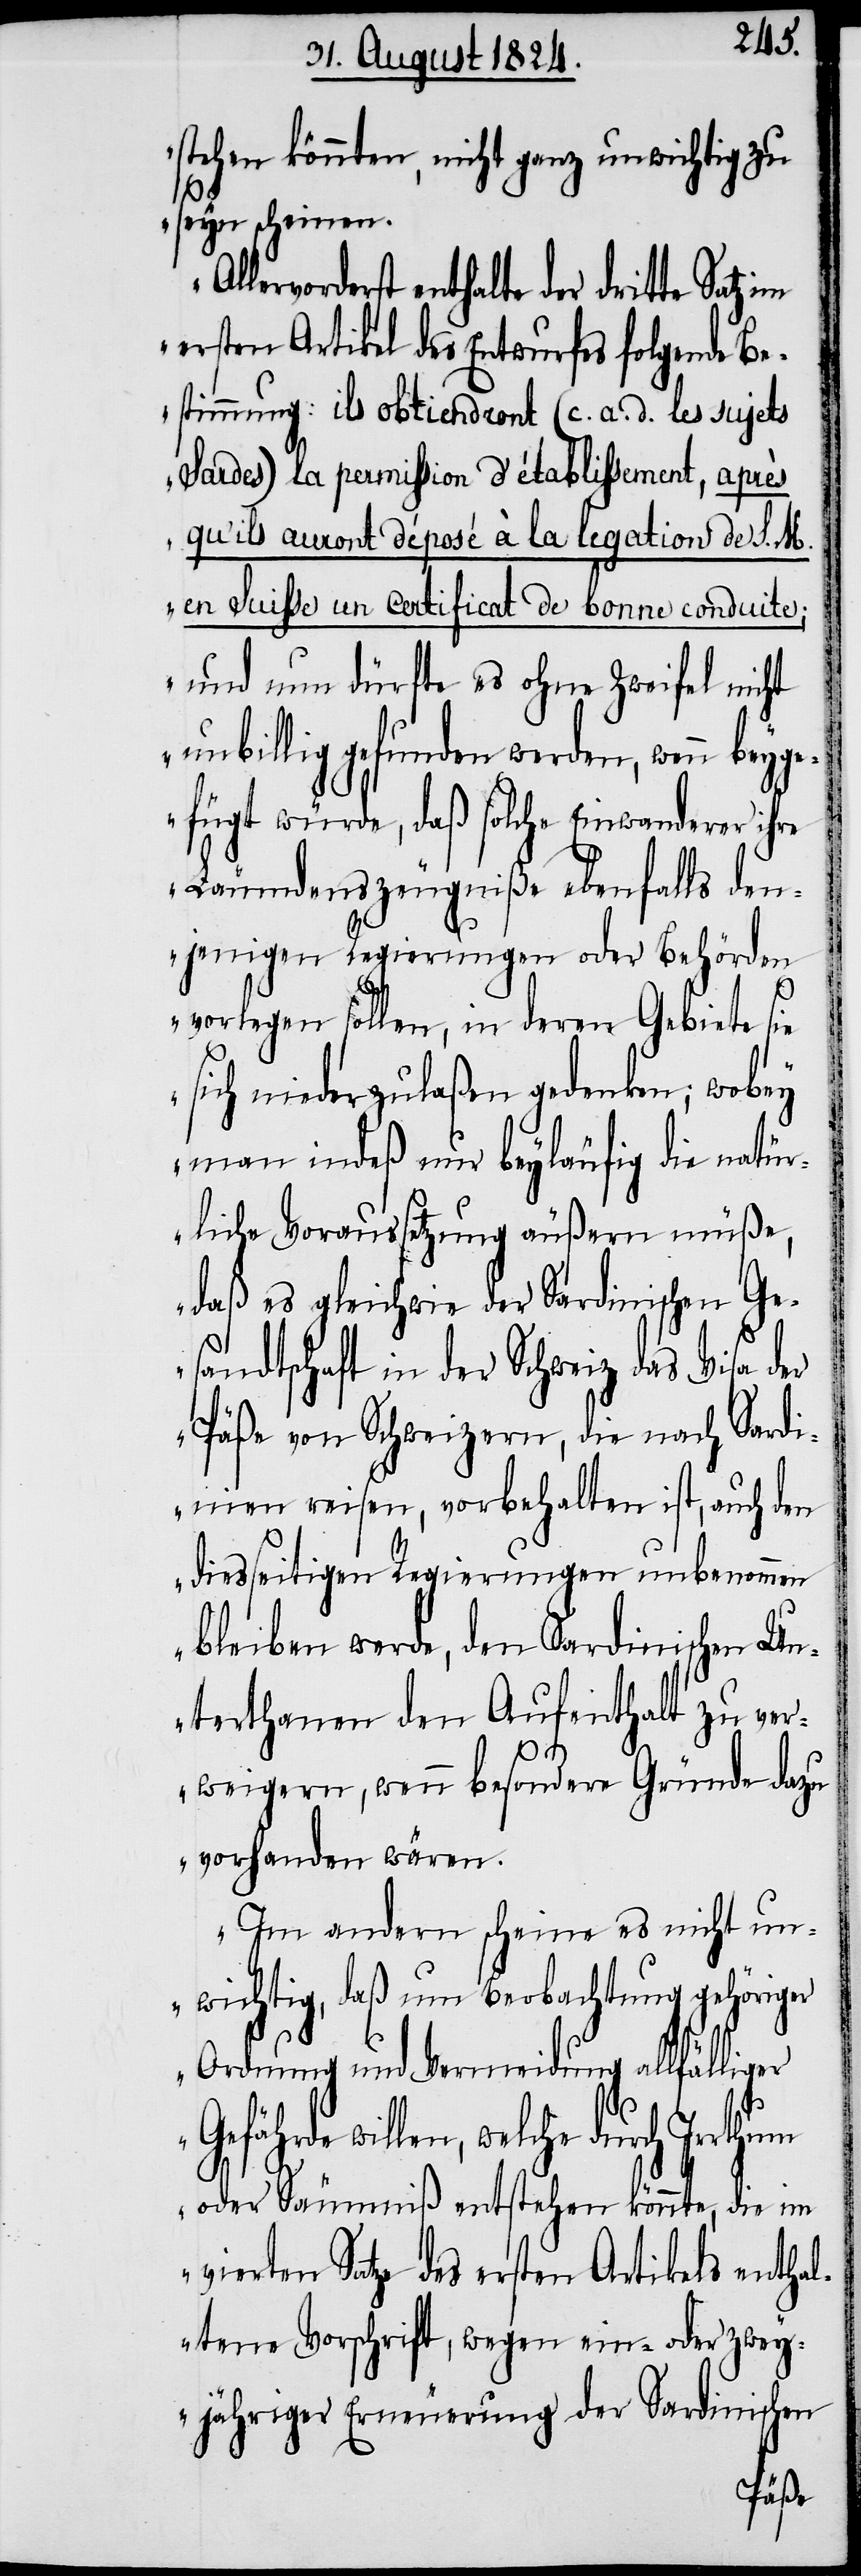
stehen könnten, nicht ganz unwichtig zu
seyn scheinen.
Allervorderst enthalte der dritte Satz im
ersten Artikel des Entwurfes folgende Be¬
stimmung: ils obtiendront (c. a. d. les sujets
Sardes) la permission d’établissement, après
qu’ils auront déposé à la legation de S. M.
en Suisse un certificat de bonne conduite;
und nun dürfte es ohne Zweifel nicht
unbillig gefunden werden, wenn beyge¬
fügt würde, daß solche Einwandrer ihre
Läumdenszeugniße ebenfalls den¬
jenigen Regierungen oder Behörden
vorlegen sollen, in deren Gebiete sie
sich niederzulaßen gedenken; wobey
man indeß nur beyläufig die natür¬
liche Voraussetzung äußern müße,
daß es gleichwie der Sardinischen Ge¬
sandtschaft in der Schweiz das Visa der
Päße von Schweizern, die nach Sardi¬
nien reisen, vorbehalten ist, auch den
diesseitigen Regierungen unbenommen
bleiben werde, den Sardinischen Un¬
terthanen den Aufenthalt zu ver¬
weigern, wenn besondere Gründe dazu
vorhanden wären.
Im andern scheine es nicht un¬
wichtig, daß um Beobachtung gehöriger
Ordnung und Vermeidung allfälliger
Gefährde willen, welche durch Irrthum
oder Säumniß entstehen könnte, die im
vierten Satze des ersten Artikels enth¬
altene Vorschrift, wegen ein- oder zwey¬
jähriger Erneuerung der Sardinischen